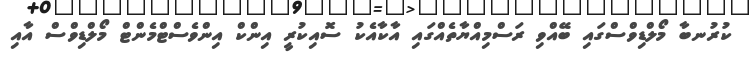
ކުރުނބާ މޯލްޑިވްސްގައި ބޭއްވި ރަސްމިއްޔާތެއްގައި އާކާއެކު ސޮއިކުރީ އިންކް އިންވެސްޓްމެންޓް މޯލްޑިވްސް އާއި